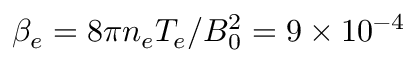
\beta _ { e } = 8 \pi n _ { e } T _ { e } / B _ { 0 } ^ { 2 } = 9 \times 1 0 ^ { - 4 }